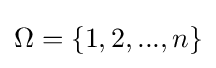
\Omega =\{1,2,...,n\}